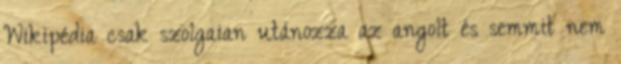
Wikipédia csak szolgaian utánozza az angolt és semmit nem